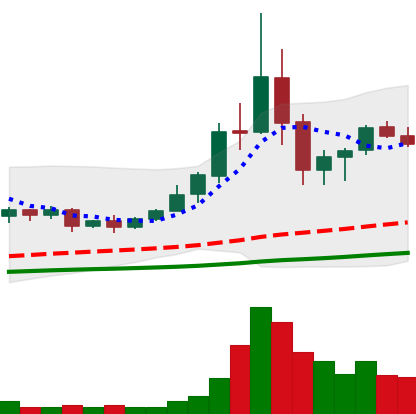
Ticker: TRX-USD
Chart end date: 2020-09-10
Forward return: -15.648%
Label: down_7plus